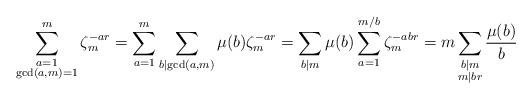
LaTeX: \begin{align*}\sum_{\substack{a = 1\\ \gcd(a,m) = 1}}^{m}\zeta^{-ar}_m = \sum_{a = 1}^{m}\sum_{b \mid \gcd(a,m)}\mu(b)\zeta^{-ar}_m = \sum_{b \mid m}\mu(b)\sum_{a = 1}^{m/b}\zeta^{-abr}_m = m\sum_{\substack{b\mid m\\ m\mid br}}\frac{\mu(b)}{b}\end{align*}